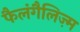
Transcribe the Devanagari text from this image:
फैलंगैलिज़्म